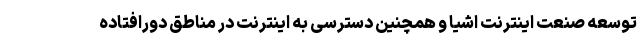
توسعه صنعت اینترنت اشیا و همچنین دسترسی به اینترنت در مناطق دورافتاده